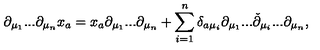
\partial _ { \mu _ { 1 } } . . . \partial _ { \mu _ { n } } x _ { a } = x _ { a } \partial _ { \mu _ { 1 } } . . . \partial _ { \mu _ { n } } + \sum _ { i = 1 } ^ { n } \delta _ { a \mu _ { i } } \partial _ { \mu _ { 1 } } . . . \check { \partial } _ { \mu _ { i } } . . . \partial _ { \mu _ { n } } ,